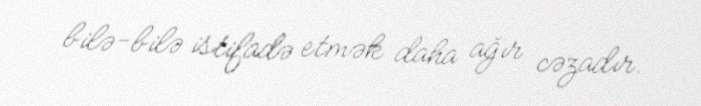
bilə-bilə istifadə etmək daha ağır cəzadır.